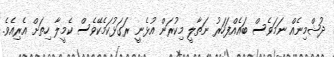
ދުޝްމިނެއް ނަމަވެސް ބައެއްފަހަރު ނަތާލީ މިކުރަން އުޅެނީ ރަގަޅުކަމެކޭވެސް ކެމީލާ ހިތަށް އެރިއެވެ.